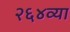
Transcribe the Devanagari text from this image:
२६४व्या